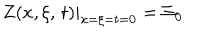
\left. Z ( x , \xi , \, t ) \right| _ { x = \xi = t = 0 } = \Xi _ { 0 }